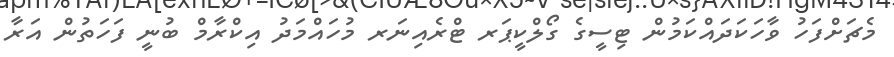
މެޗަށްފަހު ވާހަކަދައްކަމުން ޓިސީގެ ގޯލްކީޕަރ ޓްރެއިނަރ މުހައްމަދު އިކްރާމް ބުނީ ފަހަތުން އަރާ